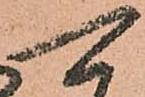
可